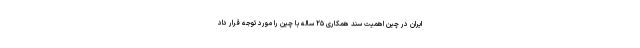
ایران در چین اهمیت سند همکاری ۲۵ ساله با چین را مورد توجه قرار داد